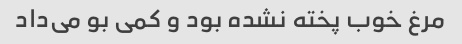
مرغ خوب پخته نشده بود و کمی بو می‌داد